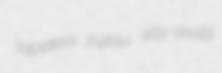
tapeless jiujitsu silly-shally